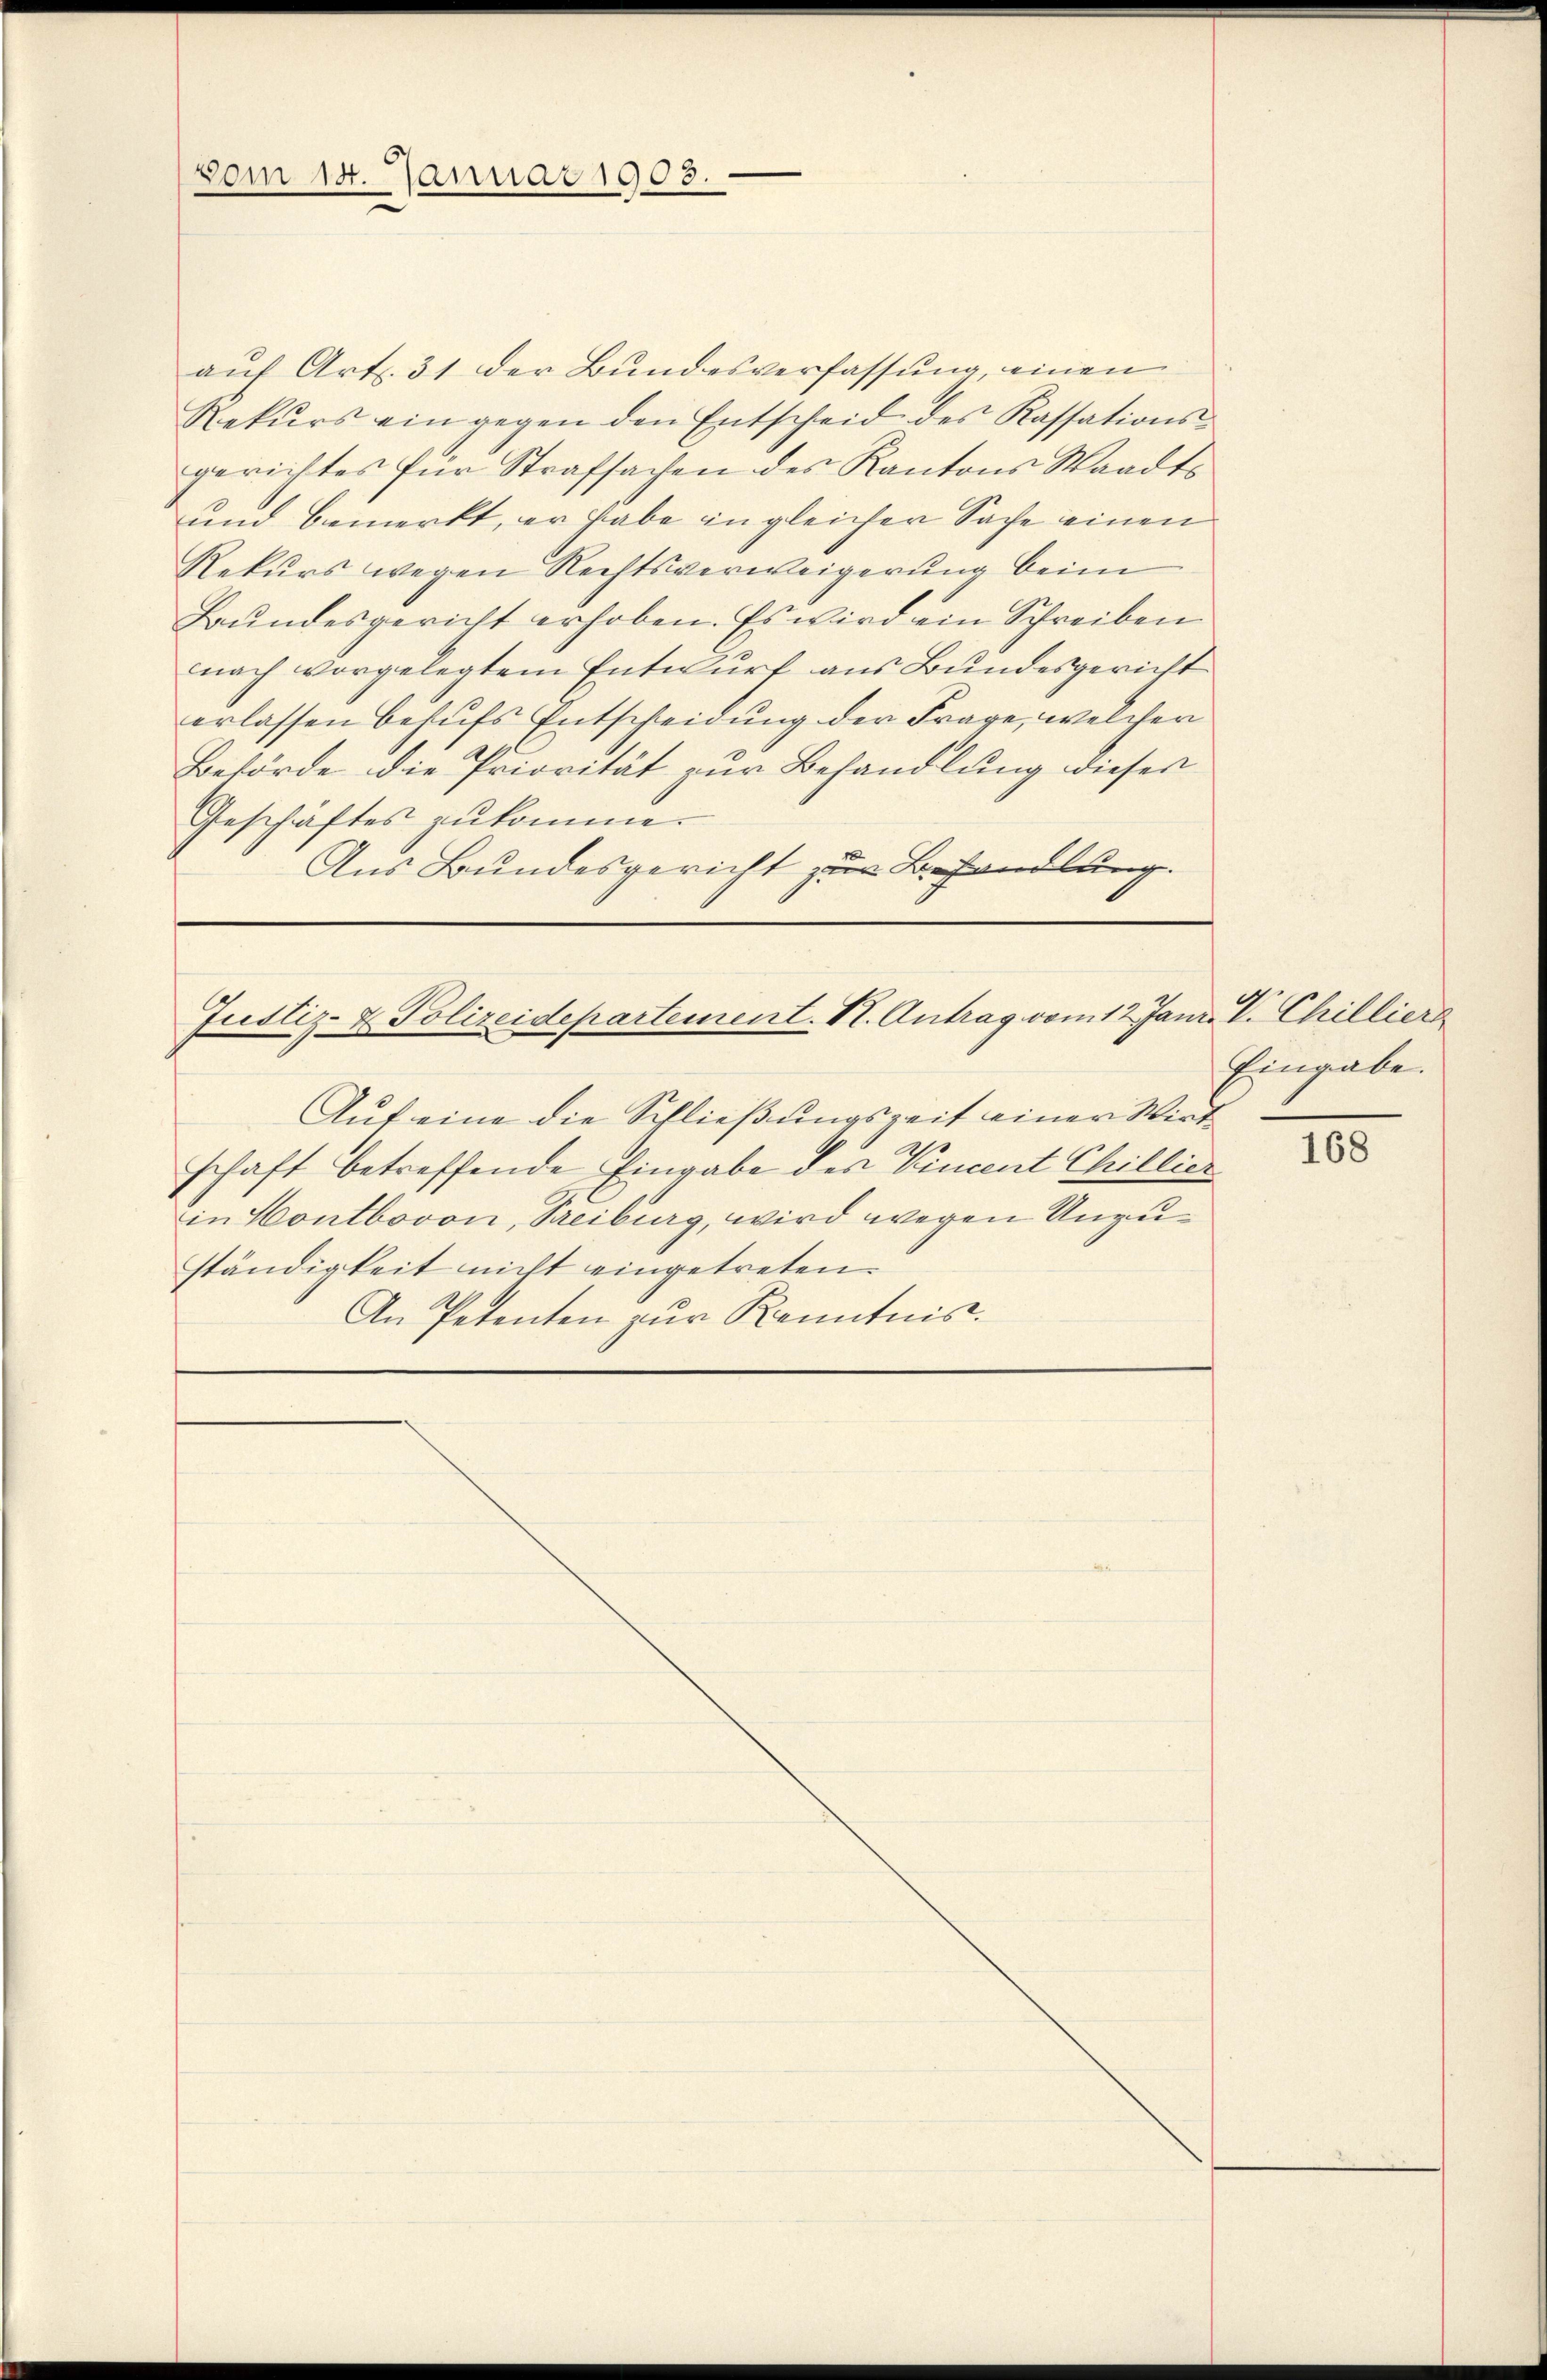
vom 14. Januar 1903.

aŭf Art. 31 der Bundesverfassung, einen
Rekŭrs ein gegen den Entscheid des Kassations-
gerichtes für Strafsachen des Kantons Waadts
und bemerkt, er habe in gleicher Sache einen
Rekurs wegen Rechtsverweigerung beim
Grundesgericht erhoben. Es wird ein Schreiben
nach vorgelegtem Entwurf aus Bundesgericht
erlassen behufs Entscheidung der Frage, welcher
Behörde die Priorität zur Behandlung dieser
Geschäftes zukomme.
Aus Bundesgericht zur Behandlung.

Justiz- & Polizeidepartement. VI. Antrag vom 12. Janr. V. Chillier

Eingabe.

Auf eine die Schließungszeit einer Wirt
schaft betreffende Eingabe des Vincent Chillier
in Contbovon, Treiburg, wird wegen Unzuständigkeit nicht eingetreten.
An Petenten zur Kenntnis.

168